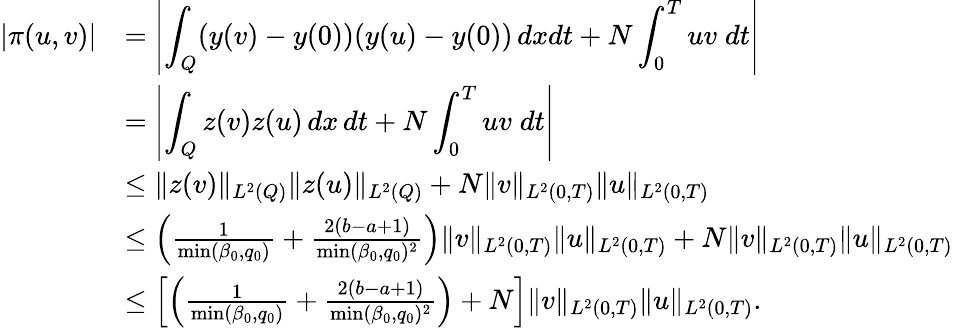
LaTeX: \begin{array}{rl}{|\pi(u,v)|}&{=\displaystyle\left|\int_{Q}(y(v)-y(0))(y(u)-y(0))\, dxdt+N\int_{0}^{T}uv\; dt\right|}\\ &{=\displaystyle\left|\int_{Q}z(v)z(u)\, dx\, dt+N\int_{0}^{T}uv\; dt\right|}\\ &{\leq\| z(v)\| _{L^{2}(Q)}\| z(u)\| _{L^{2}(Q)}+N\| v\| _{L^{2}(0,T)}\| u\| _{L^{2}(0,T)}}\\ &{\leq\left(\frac{1}{\operatorname*{min}(\beta_{0},q_{0})}+\frac{2(b-a+1)}{\operatorname*{min}(\beta_{0},q_{0})^{2}}\right)\| v\| _{L^{2}(0,T)}\| u\| _{L^{2}(0,T)}+N\| v\| _{L^{2}(0,T)}\| u\| _{L^{2}(0,T)}}\\ &{\leq\left[\left(\frac{1}{\operatorname*{min}(\beta_{0},q_{0})}+\frac{2(b-a+1)}{\operatorname*{min}(\beta_{0},q_{0})^{2}}\right)+N\right]\| v\| _{L^{2}(0,T)}\| u\| _{L^{2}(0,T)}.}\end{array}